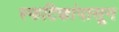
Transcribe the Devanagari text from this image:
स्फटिकांपासून